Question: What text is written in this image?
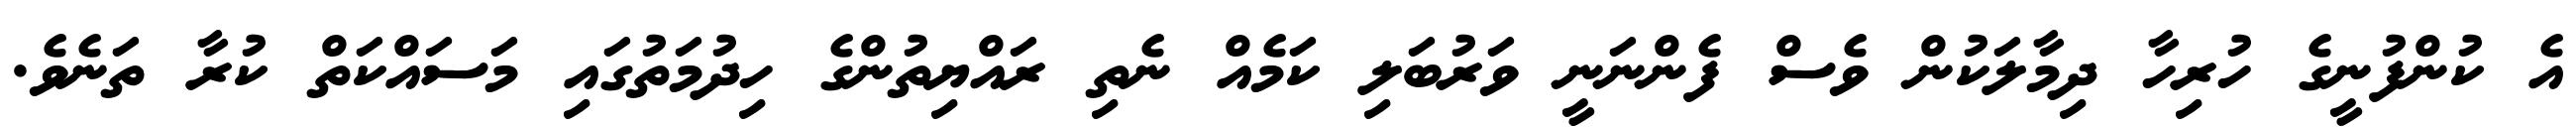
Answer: އެ ކުންފުނީގެ ހުރިހާ ދިމާލަކުން ވެސް ފެންނަނީ ވަރުބަލި ކަމެއް ނެތި ރައްޔިތުންގެ ހިދުމަތުގައި މަސައްކަތް ކުރާ ތަނެވެ.